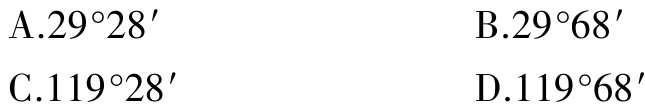
A.$29^{\circ}28'$

B.$29^{\circ}68'$

C.$119^{\circ}28'$

D.$119^{\circ}68'$